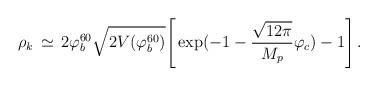
LaTeX: \begin{align*}\rho_{k} \, \simeq \, 2\varphi_{b}^{60}\sqrt{2V(\varphi_{b}^{60})} \Biggr[\exp(-1 - \frac{\sqrt{12 \pi}}{M_{p}}\varphi_{c})- 1\Biggr] \, .\end{align*}